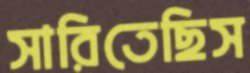
সারিতেছিস